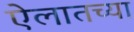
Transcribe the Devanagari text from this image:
ऐलातच्या